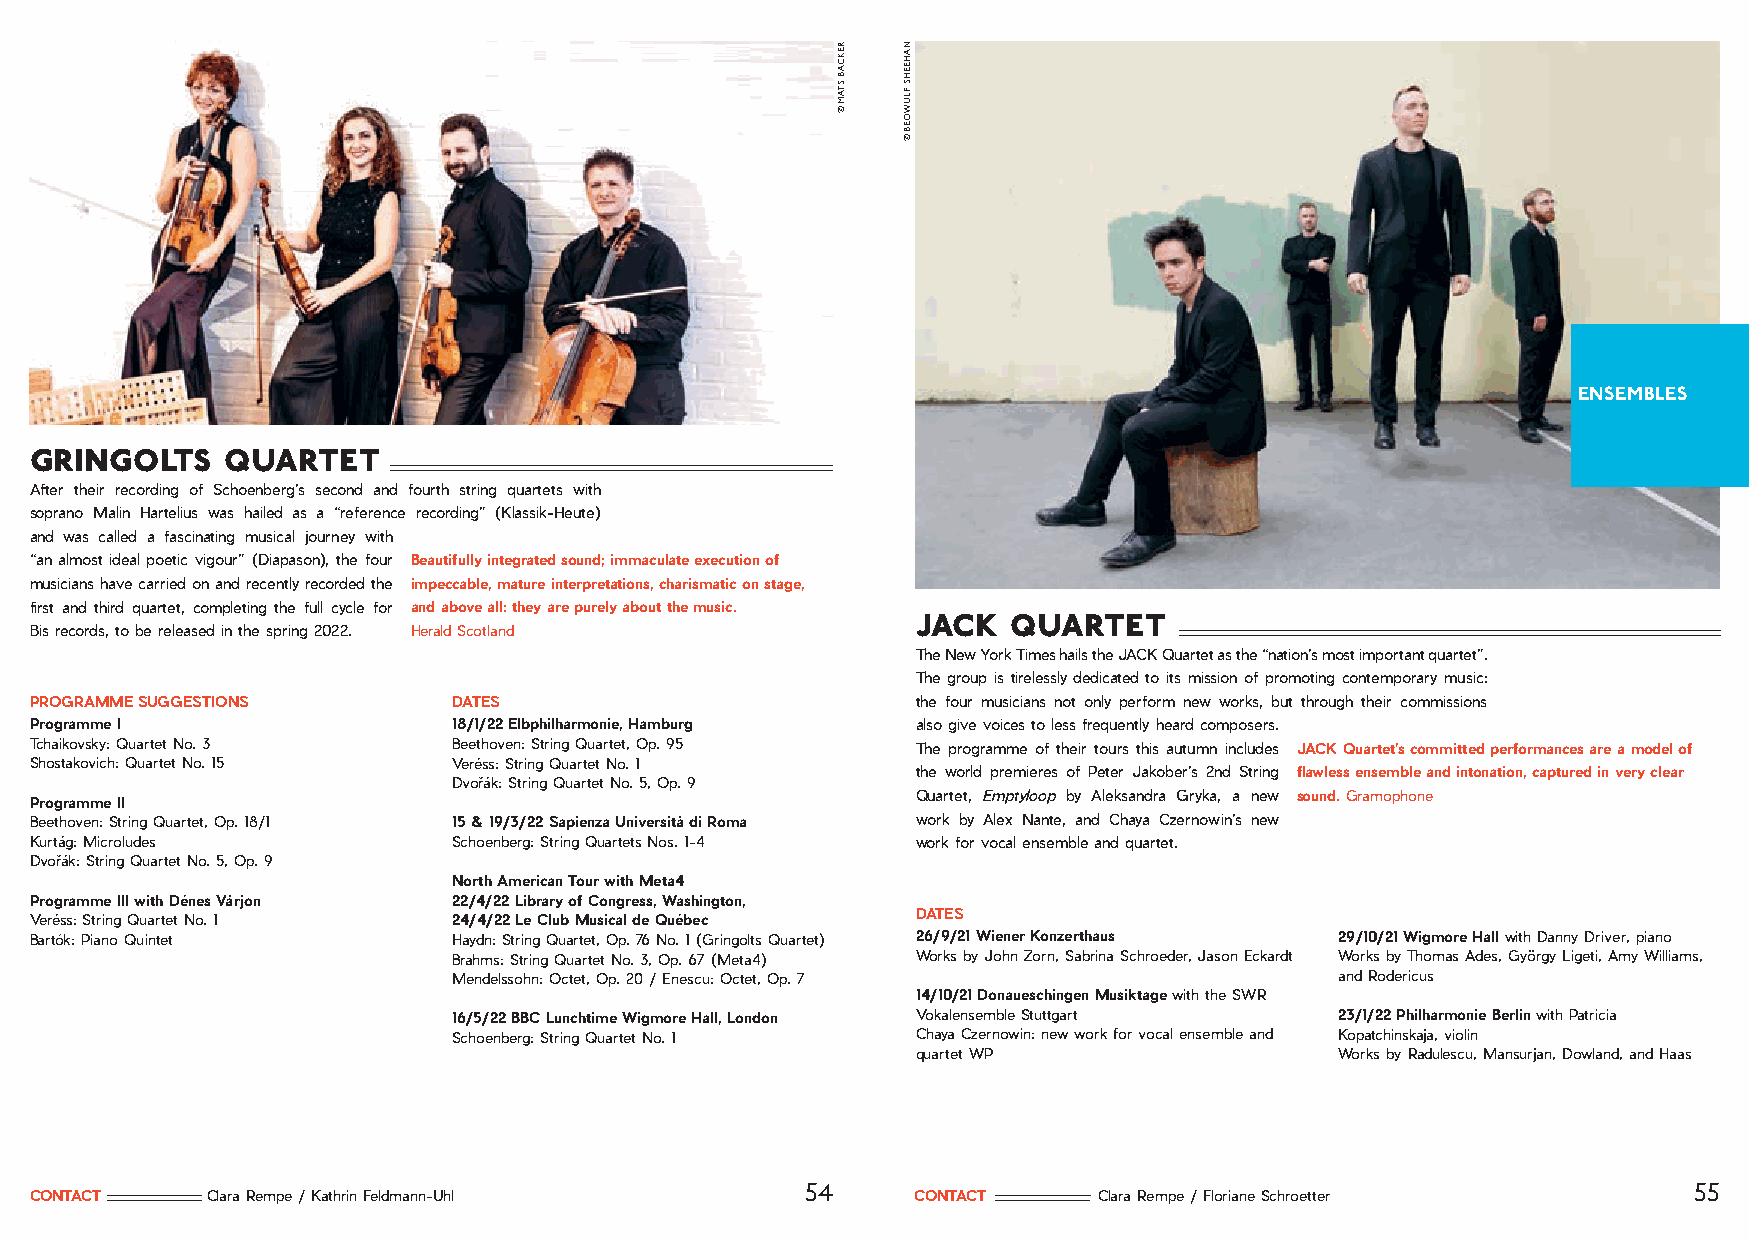
ENSEMBLES
 gringolts    quartet
 After their recording of Schoenberg’s second and fourth string quartets with
 soprano Malin Hartelius was hailed as a “reference recording” (Klassik-Heute)
 and was called a fascinating musical journey with
 “an almost ideal poetic vigour” (Diapason), the four Beautifully integrated sound; immaculate execution of
 musicians have carried on and recently recorded the impeccable, mature interpretations, charismatic on stage,
 first and third quartet, completing the full cycle for and above all: they are purely about the music.
 jack  quartet
 Bis records, to be released in the spring 2022. Herald Scotland
 The New York Times hails the JACK Quartet as the “nation’s most important quartet”.
 The group is tirelessly dedicated to its mission of promoting contemporary music:
 PROGRAMME SUGGESTIONS       DATES                          the four musicians not only perform new works, but through their commissions
 Programme I                 18/1/22 Elbphilharmonie, Hamburg also give voices to less frequently heard composers.
 Tchaikovsky: Quartet No. 3  Beethoven: String Quartet, Op. 95 The programme of their tours this autumn includes JACK Quartet’s committed performances are a model of
 Shostakovich: Quartet No. 15 Veréss: String Quartet No. 1
 the world premieres of Peter Jakober’s 2nd String flawless ensemble and intonation, captured in very clear
 Dvořák: String Quartet No. 5, Op. 9
 Quartet, Emptyloop by Aleksandra Gryka, a new sound. Gramophone
 Programme II
 Beethoven: String Quartet, Op. 18/1 15 & 19/3/22 Sapienza Università di Roma work by Alex Nante, and Chaya Czernowin’s new
 Kurtág: Microludes          Schoenberg: String Quartets Nos. 1-4 work for vocal ensemble and quartet.
 Dvořák: String Quartet No. 5, Op. 9
 North American Tour with Meta4
 Programme III with Dénes Várjon 22/4/22 Library of Congress, Washington,
 Veréss: String Quartet No. 1 24/4/22 Le Club Musical de Québec DATES
 Bartók: Piano Quintet       Haydn: String Quartet, Op. 76 No. 1 (Gringolts Quartet) 26/9/21 Wiener Konzerthaus 29/10/21 Wigmore Hall with Danny Driver, piano
 Brahms: String Quartet No. 3, Op. 67 (Meta4) Works by John Zorn, Sabrina Schroeder, Jason Eckardt Works by Thomas Ades, György Ligeti, Amy Williams,
 Mendelssohn: Octet, Op. 20 / Enescu: Octet, Op. 7          and Rodericus
 14/10/21 Donaueschingen Musiktage with the SWR
 16/5/22 BBC Lunchtime Wigmore Hall, London Vokalensemble Stuttgart 23/1/22 Philharmonie Berlin with Patricia
 Schoenberg: String Quartet No. 1 Chaya Czernowin: new work for vocal ensemble and Kopatchinskaja, violin
 quartet WP                  Works by Radulescu, Mansurjan, Dowland, and Haas
 54                                                         55
 CONTACT     Clara Rempe / Kathrin Feldmann-Uhl            CONTACT      Clara Rempe / Floriane Schroetter
 REKCÄB
 STAM
 ©
 NAHEEHS
 FLUWOEB
 ©